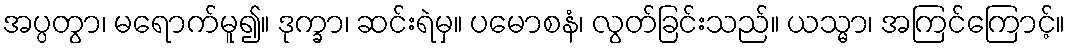
အပ္ပတွာ၊ မရောက်မူ၍။ ဒုက္ခာ၊ ဆင်းရဲမှ။ ပမောစနံ၊ လွတ်ခြင်းသည်။ ယသ္မာ၊ အကြင်ကြောင့်။